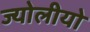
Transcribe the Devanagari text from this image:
ज्योलीयो